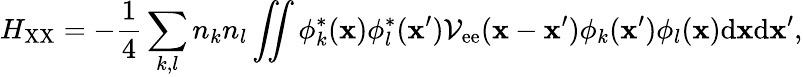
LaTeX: H_{\mathrm{XX}}=-\frac{1}{4}\sum_{k,l}{n_{k}n_{l}\iint{\phi_{k}^{*}({\mathbf x})\phi_{l}^{*}({\mathbf x}^{\prime})\mathcal{V}_{\mathrm{ee}}({\mathbf x}-{\mathbf x}^{\prime})\phi_{k}({\mathbf x}^{\prime})\phi_{l}({\mathbf x})\mathrm{d}{\mathbf x}\mathrm{d}{\mathbf x}^{\prime},}}